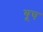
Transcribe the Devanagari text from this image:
यूष